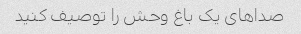
صداهای یک باغ وحش را توصیف کنید